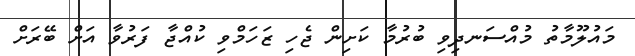
މައުލޫމާތު މުއްސަނދިވި ބުރުމާ ކަށިން ޖެހި ޒަހަމްވި ކުއްޖާ ފަރުވާ އަށް ބޭރަށް